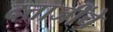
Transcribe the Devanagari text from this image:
दत्ताजींचे